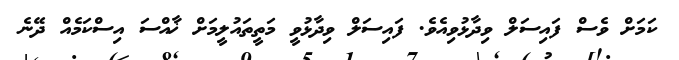
ކަމަށް ވެސް ފައިސަލް ވިދާޅުވިއެވެ. ފައިސަލް ވިދާޅުވީ މަތީތައުލީމަށް ޚާއްސަ އިސްކަމެއް ދޭނެ